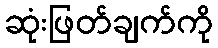
ဆုံးဖြတ်ချက်ကို